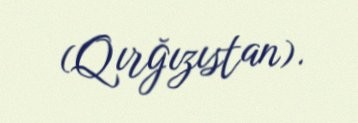
(Qırğızıstan).